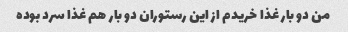
من دو بار غذا خریدم از این رستوران دو بار هم غذا سرد بوده